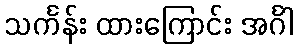
သင်္ကန်း ထားကြောင်း အင်္ဂါ